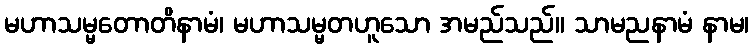
မဟာသမ္မတောတိနာမံ၊ မဟာသမ္မတဟူသော အမည်သည်။ သာမညနာမံ နာမ၊